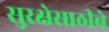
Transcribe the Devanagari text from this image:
सुरक्षेसाठीचे